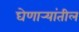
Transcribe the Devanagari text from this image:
घेणार्‍यांतील